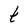
Character: t